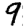
Digit: 9